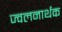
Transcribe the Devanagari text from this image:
ज्वलनार्थक